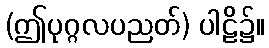
(ဤပုဂ္ဂလပညတ်) ပါဠိ၌။